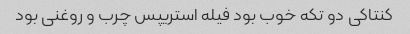
کنتاکی دو تکه خوب بود فیله استریپس چرب و روغنی بود